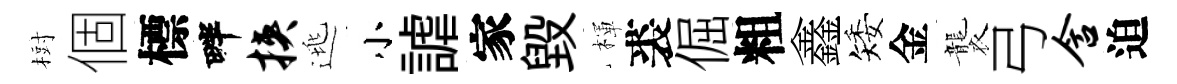
𣗳個標畔挟逃小謔家毁楎裘倔粗鑫矮金襲弓含迫